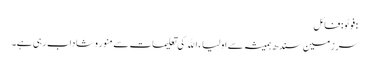
:فوٹو : فائل
سرزمین سندھ ہمیشہ سے اولیاء اﷲ کی تعلیمات سے منور وشاداب رہی ہے۔